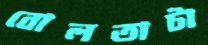
বোলতাটা